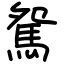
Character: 駌